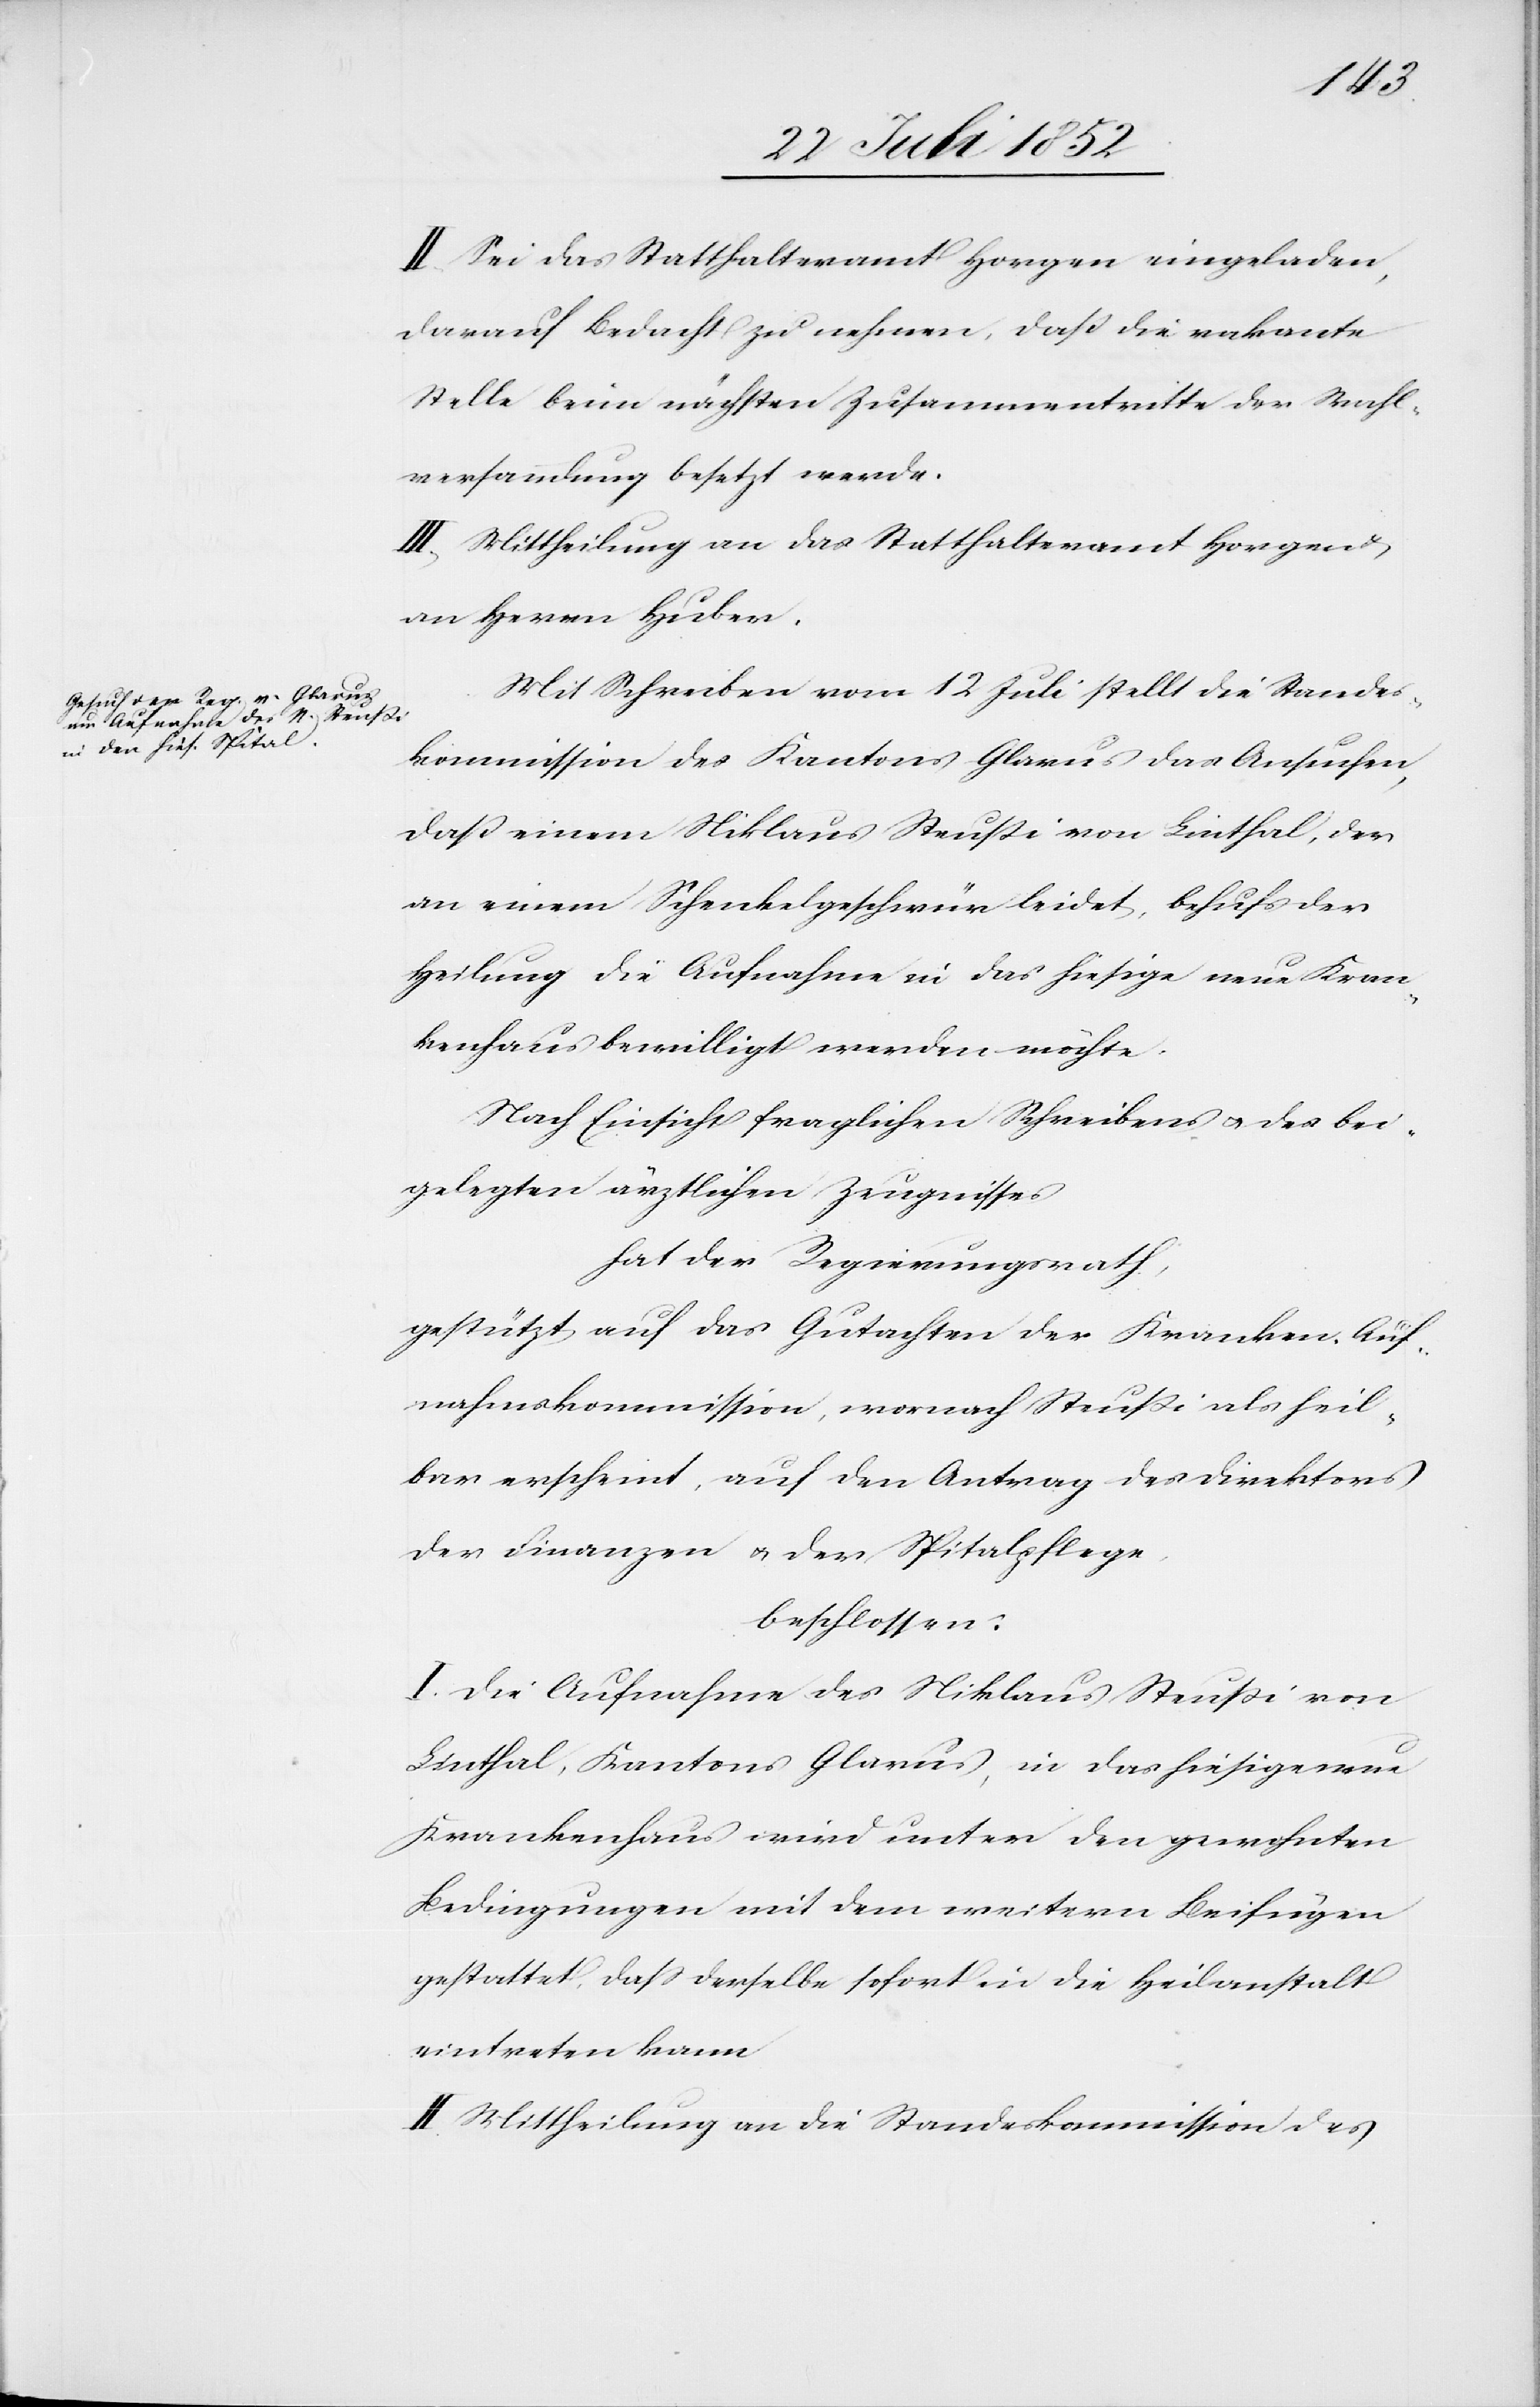
II, Sei das Statthalteramt Horgen eingeladen,
darauf Bedacht zu nehmen, daß die vakante
Stelle beim nächsten Zusammentritte der Wahl¬
versammlung besetzt werde.
III, Mittheilung an das Statthalteramt Horgen
an Herrn Huber.
Mit Schreiben vom 12 Juli stellt die Standes¬
kommission des Kantons Glarus das Ansuchen,
daß einem Niklaus Steußi von Linthal, der
an einem Schenkelgeschwür leidet, behufs der
Heilung die Aufnahme in das hiesige neue Kran¬
kenhaus bewilligt werden möchte.
Nach Einsicht fraglichen Schreibens & des bei¬
gelegten ärztlichen Zeugnisses
hat der Regierungsrath,
gestützt auf das Gutachten der Kranken-Auf¬
nahmskommission, wornach Steußi als heil¬
bar erscheint, auf den Antrag des Direktors
der Finanzen & der Spitalpflege,
beschlossen:
I. Die Aufnahme des Niklaus Steußi von
Linthal, Kantons Glarus, in das hiesige neue
Krankenhaus wird unter den gewohnten
Bedingungen mit dem weitern Beifügen
gestattet, dass derselbe sofort in die Heilanstalt
eintreten kann
II. Mittheilung an die Standeskommission des